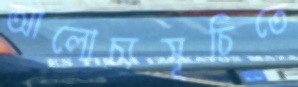
আলোচ্যসূচিতে